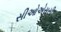
સીઓએસસી